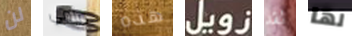
لن مامي هذه زويل لقد لها